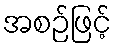
အစဉ်ဖြင့်